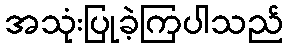
အသုံးပြုခဲ့ကြပါသည်